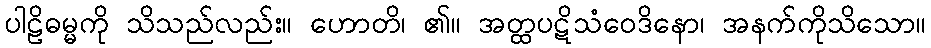
ပါဠိဓမ္မကို သိသည်လည်း။ ဟောတိ၊ ၏။ အတ္ထပဋိသံဝေဒိနော၊ အနက်ကိုသိသော။